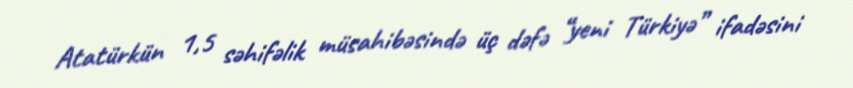
Atatürkün 1,5 səhifəlik müsahibəsində üç dəfə “yeni Türkiyə” ifadəsini